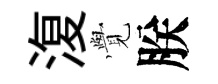
𣸪𮗜朕